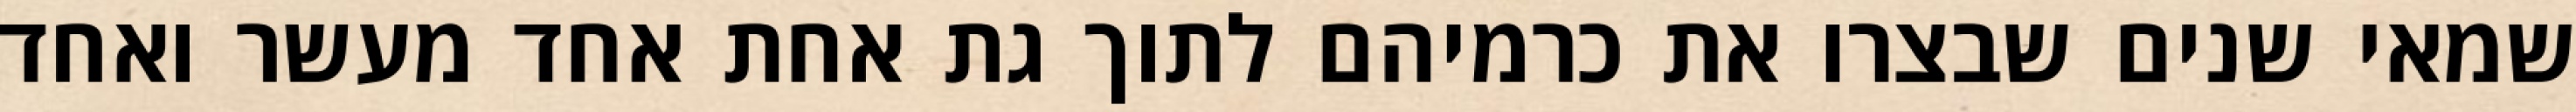
שמאי שנים שבצרו את כרמיהם לתוך גת אחת אחד מעשר ואחד